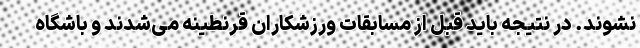
نشوند. در نتیجه باید قبل از مسابقات ورزشکاران قرنطینه می‌شدند و باشگاه